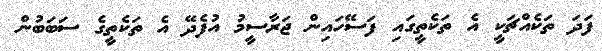
ފަދަ ތަކެއްޗަކީ އެ ތަކެތީގައި ފަސޭހައިން ޖަރާސީމު އުފެދޭ އެ ތަކެތީގެ ސަބަބުން